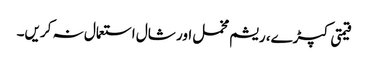
قیمتی کپڑے، ریشم مخمل اور شال استعمال نہ کریں۔